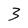
Character: 3